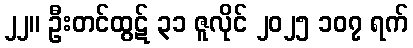
၂၂။ ဦးတင်ထွဋ် ၃၁ ဇူလိုင် ၂၀၂၅ ၁၀၇ ရက်